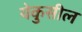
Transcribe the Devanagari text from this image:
येकुसील